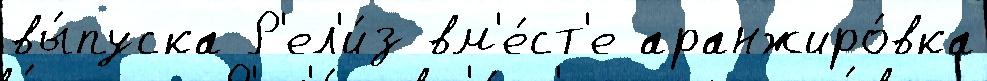
вы́пуска Р'ел'и́з вм'е́ст'е аранжиро́вка